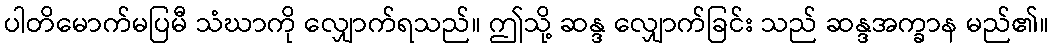
ပါတိမောက်မပြမီ သံဃာကို လျှောက်ရသည်။ ဤသို့ ဆန္ဒ လျှောက်ခြင်း သည် ဆန္ဒအက္ခာန မည်၏။